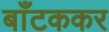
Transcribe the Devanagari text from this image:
बाँटककर